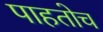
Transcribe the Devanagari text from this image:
पाहतोच